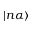
| n \alpha \rangle